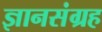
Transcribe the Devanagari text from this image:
ज्ञानसंग्रह